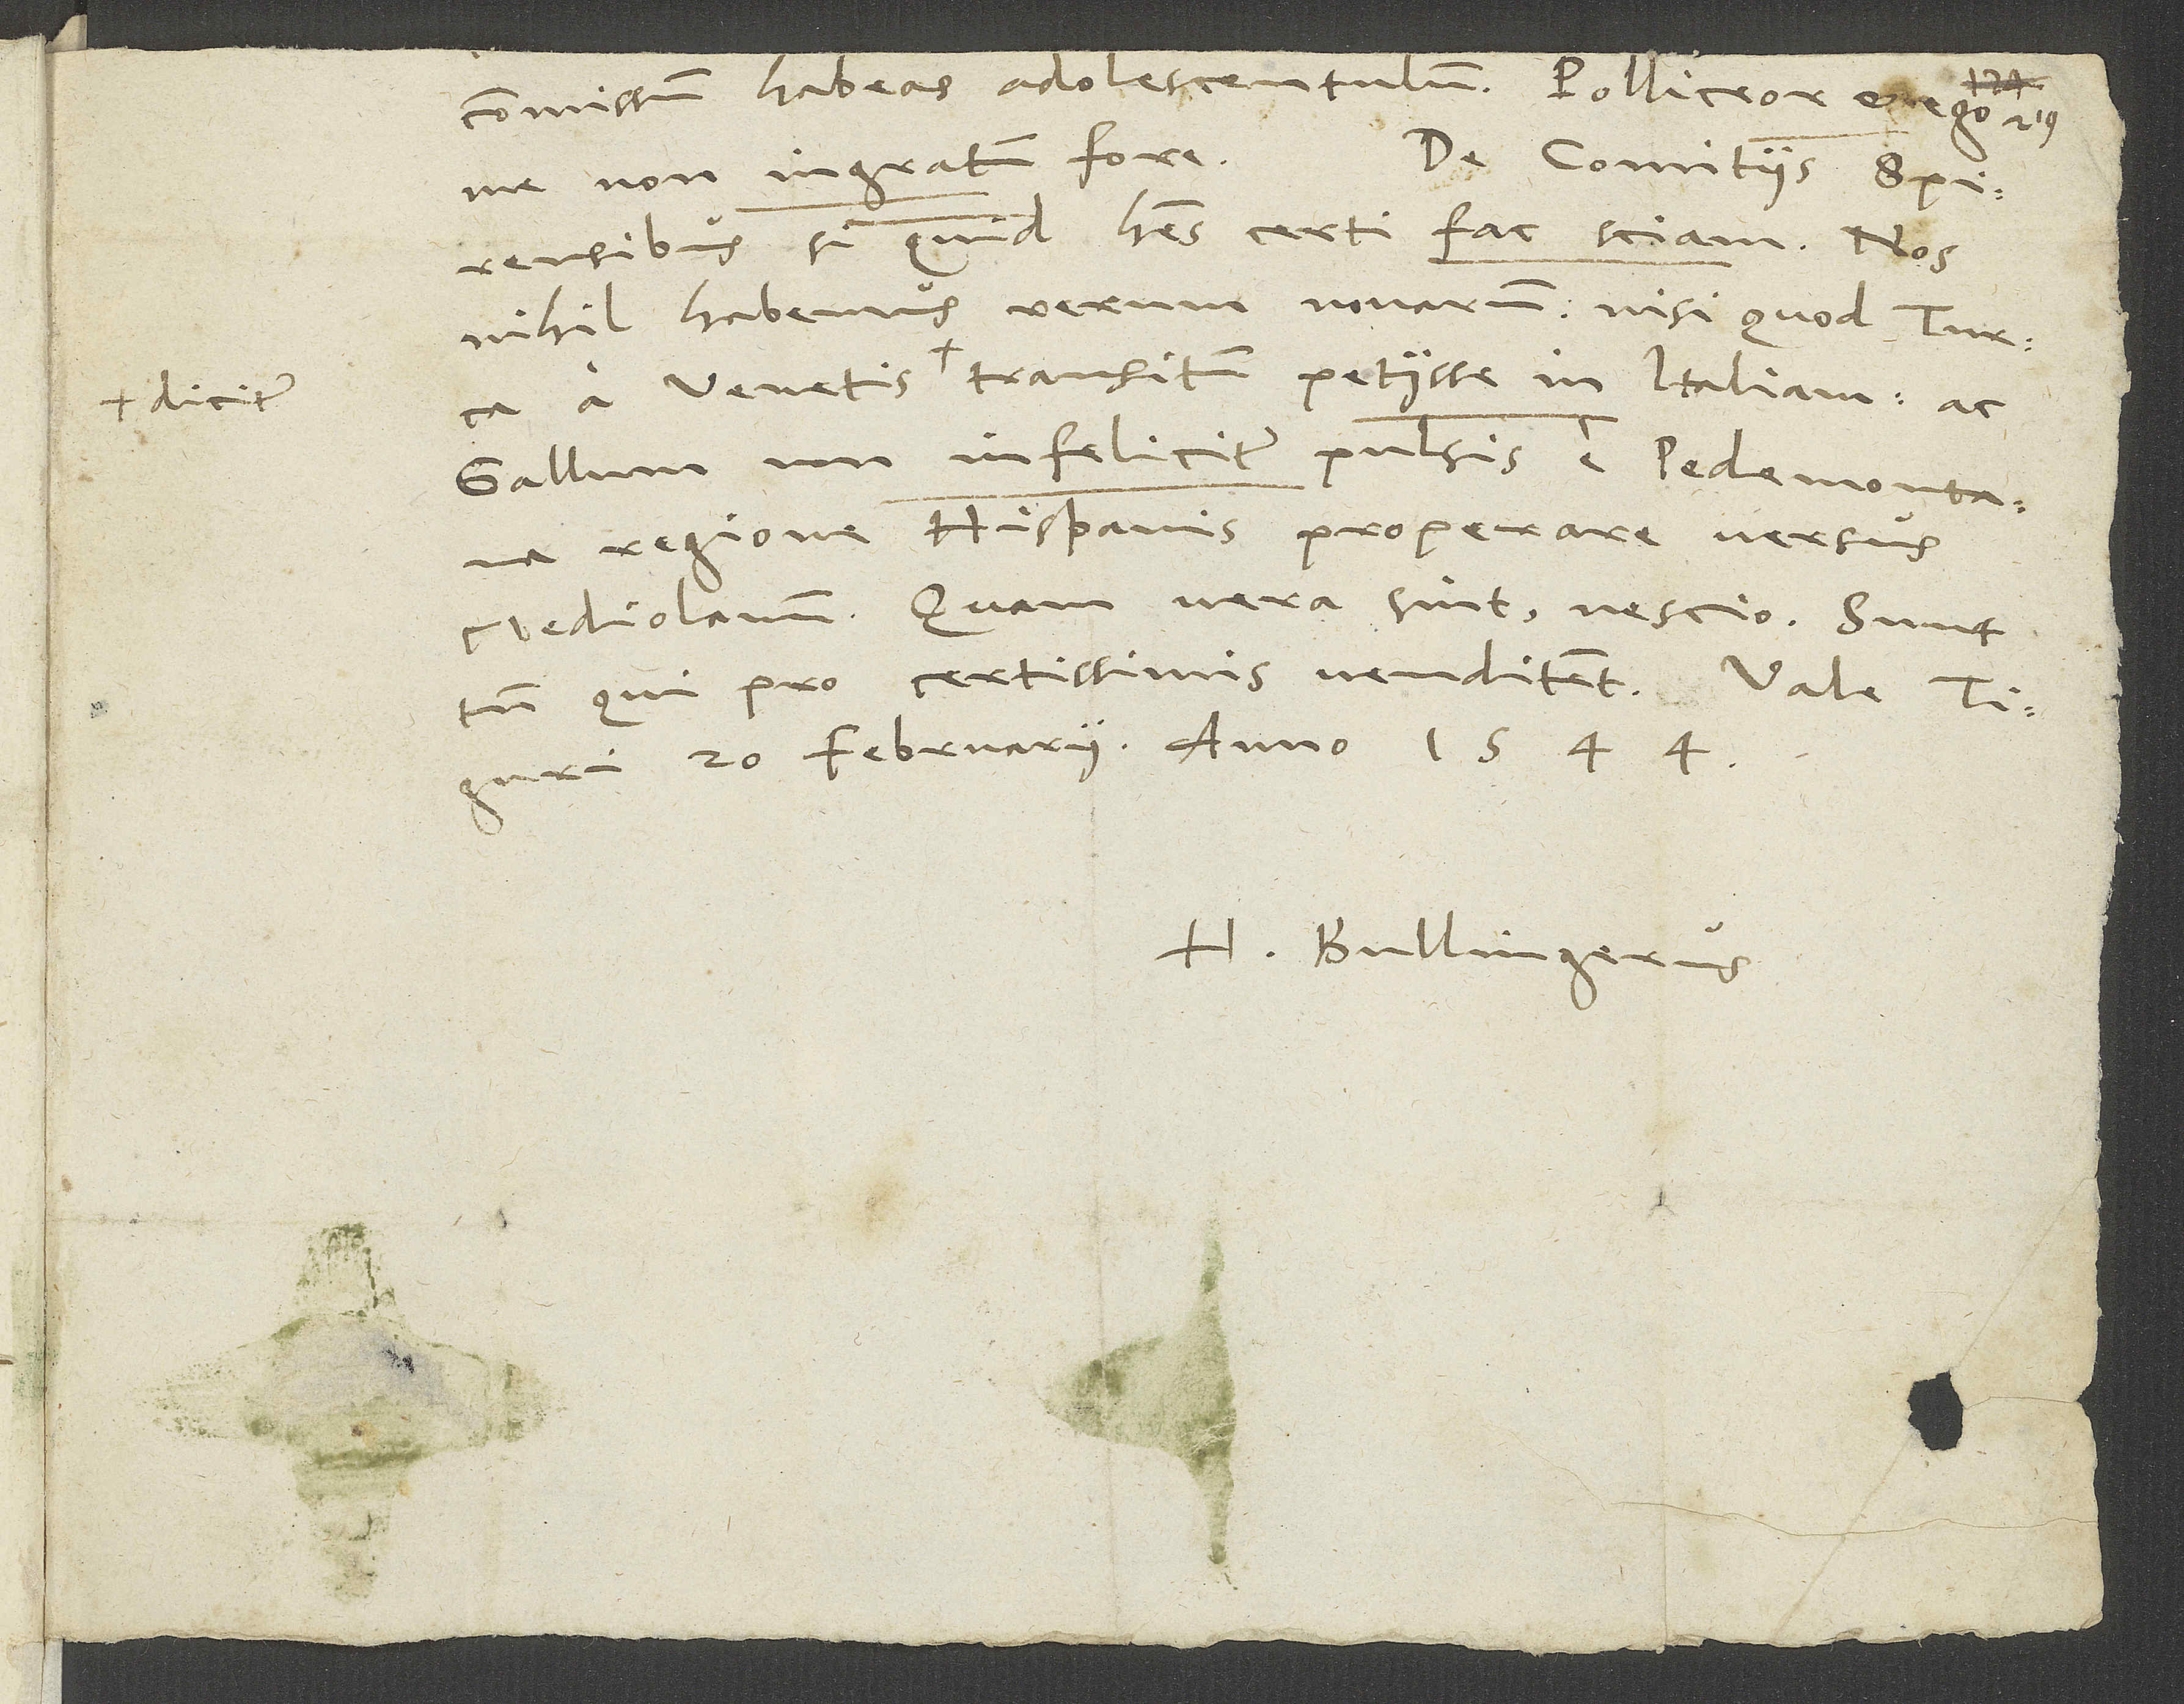
commissum habeas adolescentulum; polliceor et ego
De comitiis Spirensibus
me non ingratum fore.
si quid habes certi, fac sciam. Nos
nihil habemus rerum novarum, nisi quod Turca
a Venetis dicitur transitum petiisse in Italiam ac
Gallum non infeliciter pulsis e Pedemontana
regione Hispanis properare versus
Mediolanum. Quam vera sint, nescio; sunt
tamen, qui pro certissimis venditent.
Tiguri, 20. februarii anno 1544.
H. Bullingerus.